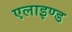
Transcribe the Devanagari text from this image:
एलाइण्ड